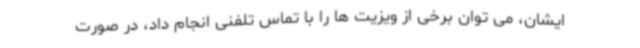
ایشان، می توان برخی از ویزیت ها را با تماس تلفنی انجام داد، در صورت